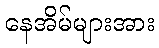
နေအိမ်များအား